Annual statistical returns and brief notes on vaccination in Bengal - 1909-1929
Year: 1909
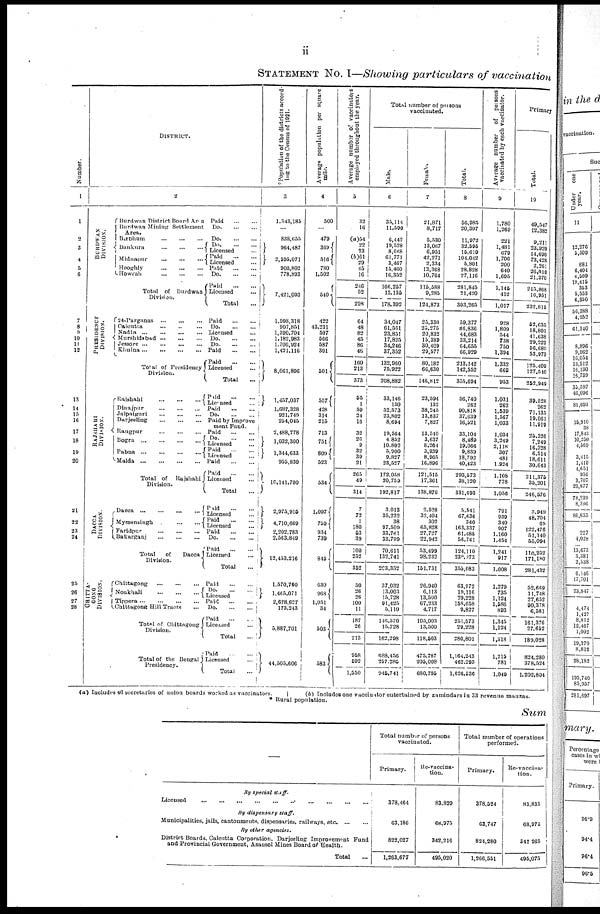
ii
STATEMENT No. I—Showing particulars of vaccination
Number.
1
1
2
3
4
5
6
7
8
9
10
11
12
13
14
15
16
17
18
19
20
21
22
23
24
25
26
27
28
DISTRICT.
2
BURDWAN
DIVISION.
Burdwan District Board Area Paid
...
...
Burdwan Mining Settlement
Area.
Do.
...
...
Birbhum
...
...
...
Do. ... ...
Bankura
...
...
...
Midnapur
...
...
...
Do.
...
...
Licensed
...
Paid
...
...
Licensed ...
Hooghly
...
...
...
Paid
...
...
Howrah
...
...
...
Do. ... ...
Total of Burdwan
Division.
PRESIDENCY
DIVISION.
Paid
...
...
Licensed ...
Total ...
24-Parganas
...
...
...
Paid
...
...
Calcutta
...
...
...
Do. ... ...
Nadia
...
...
...
...
Licensed ...
Murshidabad
...
...
...
Do. ... ... ...
Jessore
...
...
...
...
Do. ... ...
Khulna
...
...
...
...
Paid
...
...
Total of Presidency
Division.
RAJSHAHI
DIVISION.
Rajshahi
...
...
...
Paid
...
...
Licensed ...
Total ...
Paid
...
...
Licensed ...
Dinajpur
...
...
...
Paid
...
...
Jalpaiguri
...
...
...
Do. ... ...
Darjeeling
...
...
...
Paid by Improve
ment Fund.
Rangpur
...
...
...
Paid
...
...
Bogra
...
...
...
...
Pabna
...
...
...
...
Do.
...
...
Licensed ...
Paid
...
...
Licensed
Malda
...
...
...
...
Paid
...
...
Total of
Rajshahi
Division.
DACCA
DIVISION.
Dacca
...
...
...
...
Mymensingh
...
...
...
Paid
...
...
Licensed ...
Total ...
Paid
...
...
Licensed ...
Paid
...
...
Licensed ...
Faridpur
...
...
...
Paid
...
...
Bakarganj
...
...
...
Do. ... ...
Total
of
Dacca
Division.
CHITTA¬
GONG
DIVISION.
Paid
...
...
Licensed ...
Total ...
Chittagong
...
...
...
Paid
...
...
Noakhali
...
...
...
Do.
...
...
Licensed ...
Tippera
...
...
...
...
Paid
...
...
Chittagong Hill Tracts
...
Do. ... ...
Total of Chittagong
Division.
Total of the Bengal
Presidency.
Paid
...
...
Licensed ...
Total ...
Paid
...
...
Licensed ...
Total ...
*Population of the districts accord-
ing to the Census of 1921.
3
1,343,185
...
838,655
964,487
2,595,071
900,802
778,893
7,421,093
1,998,318
907,851
1,390,704
1,182,983
1,700,924
1,421,116
8,061,896
1,457,037
1,687,328
921,749
254,045
2,488,778
1,032,300
1,344,633
955,830
10,141,700
2,975,915
4,710,669
2,202,783
2,563,849
12,453,216
1,570,760
1,465,071
2,678,627
173,243
5,887,701
44,505,606
Average population per square
mile.
4
500
...
479
369
516
780
1,502
540
422
43,231
507
566
587
301
501
557
428
314
215
713
751
809
523
534
1,097
759
934
739
845
630
968
1,051
34
503
583
Average number of vaccinators
employed throughout the year.
5
32
16
(a)54
22
23
(b)61
29
45
16
246
52
298
64
48
82
45
86
48
160
213
373
55
1
59
24
16
32
26
9
32
39
21
265
49
314
7
72
1
180
53
39
100
252
352
50
26
26
100
11
187
26
213
958
692
1,550
Total number of persons
vaccinated.
Male.
6
35,114
11,590
6,442
19,528
8,668
61,771
3,467
15,460
16,352
166,257
12,135
178,392
34,047
61,561
23,851
17,825
34,246
37,352
132,960
75,922
208,882
33,146
130
52,573
23,802
8,694
19,564
4,852
10,802
5,900
9,827
23,527
172,058
20,759
192,817
3,013
35,232
38
97,509
33,761
33,799
70,611
132,741
203,352
37,032
13,003
15,728
91,425
5,110
146,570
15,728
162,298
688,456
257,285
945,741
Female.
7
21,871
8,717
5,530
13,067
6,951
42,271
2,334
13,368
10,764
115,588
9,285
124,873
25,330
25,275
20,832
15,389
30,409
29,577
80,182
66,630
146,812
23,594
132
38,245
13,837
7,827
13,540
3,637
8,264
3,939
8,965
16,896
121,515
17,361
138,876
2,528
32,404
302
65,828
27,727
22,942
53,499
98,232
151,731
26,940
6,113
13,500
67,233
4,717
105,003
13,500
118,503
475,787
205,008
680,795
Total.
8
56,985
20,307
11,972
32,595
15,619
104,042
5,801
28,828
27,116
281,845
21,420
303,265
59,377
86,836
44,683
33,214
64,655
66,929
213,142
142,552
355,694
56,740
262
90,818
37,639
16,521
33,104
8,489
19,066
9,839
18,792
40,423
293,573
38,120
331,693
5,541
67,636
340
163,337
61,488
56,741
124,110
230,973
355,083
63,972
19,116
29,228
158,658
9,827
251,573
29,228
280,801
1,164,243
462,293
1,626,536
Average number of persons
vaccinated by each vaccinator.
9
1,780
1,269
221
1,481
679
1,706
200
640
1,695
1,145
412
1,017
928
1,809
544
738
750
1,394
1,332
669
953
1,031
262
1,539
1,567
1,033
1,034
3,249
2,118
307
481
1,924
1,108
778
1,056
791
939
340
907
1,160
1,454
1,241
917
1,008
1,279
735
1,124
1,586
893
1,345
1,124
1,318
1,215
781
1,049
Primary
Total.
10
49,547
12,382
9,211
23,920
14,690
73,428
2,261
26,010
21,370
215,868
16,951
232,819
52,635
18,801
41,638
29,222
56,680
53,973
125,409
127,540
252,949
39,528
262
71,135
19,061
11,919
25,326
7,249
16,328
6,514
18,611
30,643
211,375
35,201
246,576
3,949
48,704
69
122,476
51,140
55,094
110,252
171,180
281,432
52,669
11,748
27,652
90,378
6,581
161,376
27,652
189,028
824,280
378,524
1,202,804
(a) Includes 46 secretaries of union boards worked as vaccinators.
(b) Includes one vaccinator entertained by zamindars in 33 revenue mauzas.
* Rural population.
Sum
By special staff.
Licensed
...
...
...
...
...
...
...
...
...
...
My dispensary
staff.
Municipalities, jails, cantonments, dispensaries, railways, etc.
...
...
By other agencies.
District Boards, Calcutta Corporation. Darjeeling Improvement Fund
and Provincial Government, Asansol Mines Board of Health.
Total ...
Total number of persons
vaccinated.
Primary.
378,464
63,186
822,027
1,263,677
Re-vaccina¬
tion.
83,829
68,975
342,216
495,020
Total number of operations
performed.
Primary.
378,524
63,747
824,280
1,266,551
Re-vaccina-
tion.
83,835
68,975
342,265
495,075